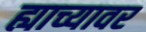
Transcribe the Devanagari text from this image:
ह्याच्यावर